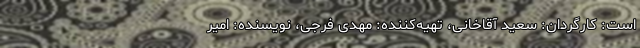
است: کارگردان: سعید آقاخانی، تهیه‌کننده: مهدی فرجی، نویسنده: امیر